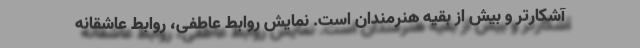
آشکارتر و بیش از بقیه هنرمندان است. نمایش روابط عاطفی، روابط عاشقانه